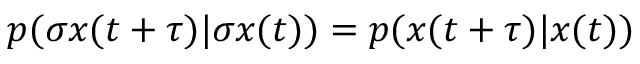
p ( \sigma x ( t + \tau ) | \sigma x ( t ) ) = p ( x ( t + \tau ) | x ( t ) )